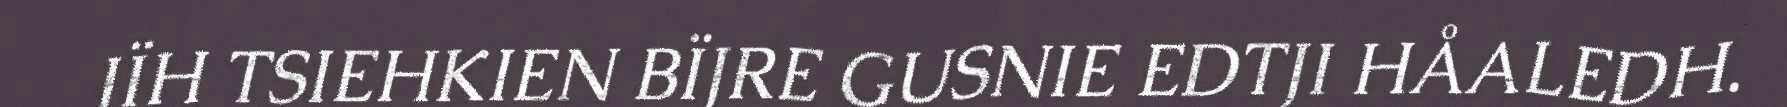
JÏH TSIEHKIEN BÏJRE GUSNIE EDTJI HÅALEDH.